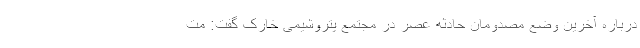
درباره آخرین وضع مصدومان حادثه عصر در مجتمع پتروشیمی خارک گفت: مت